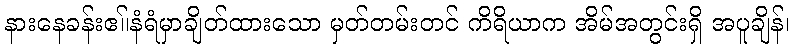
နားနေခန်းဧ။်နံရံမှာချိတ်ထားသော မှတ်တမ်းတင် ကိရိယာက အိမ်အတွင်းရှိ အပူချိန်၊